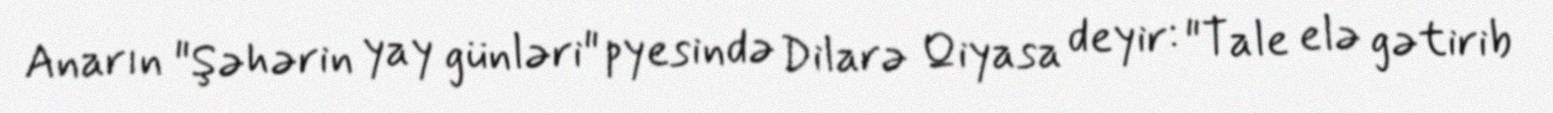
Anarın "Şəhərin yay günləri" pyesində Dilarə Qiyasa deyir: "Tale elə gətirib